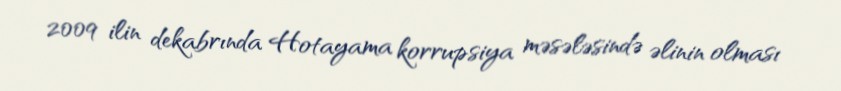
2009 ilin dekabrında Hotayama korrupsiya məsələsində əlinin olması